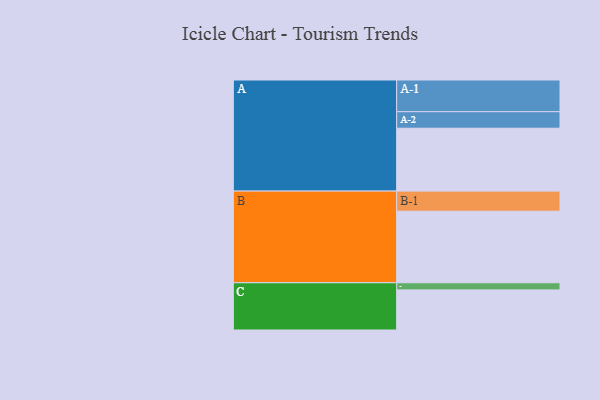
{"axis": {"x": "Segment", "y": "Value"}, "legend": ["", "A", "B", "C"], "data": [{"x": "A", "y": 510, "type": ""}, {"x": "B", "y": 580, "type": ""}, {"x": "C", "y": 325, "type": ""}, {"x": "A-1", "y": 257, "type": "A"}, {"x": "A-2", "y": 134, "type": "A"}, {"x": "B-1", "y": 163, "type": "B"}, {"x": "C-1", "y": 58, "type": "C"}]}